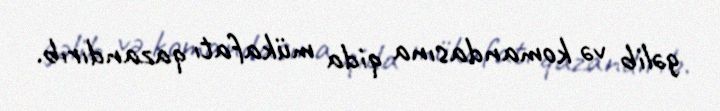
gəlib və komandasına qida mükafatı qazandırıb.